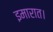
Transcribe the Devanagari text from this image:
इमारात।